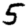
Digit: 5